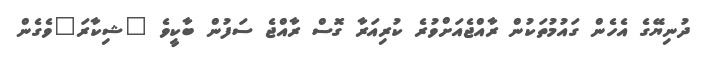
ދުނިޔޭގެ އެހެން ގައުމުތަކުން ރާއްޖެއަށްވުރެ ކުރިއަރާ ގޮސް ރާއްޖެ ސަފުން ބާކީވެ "ޝިކާރަ"ވެގެން